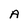
Character: A